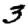
Digit: 3